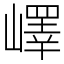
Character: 嶧